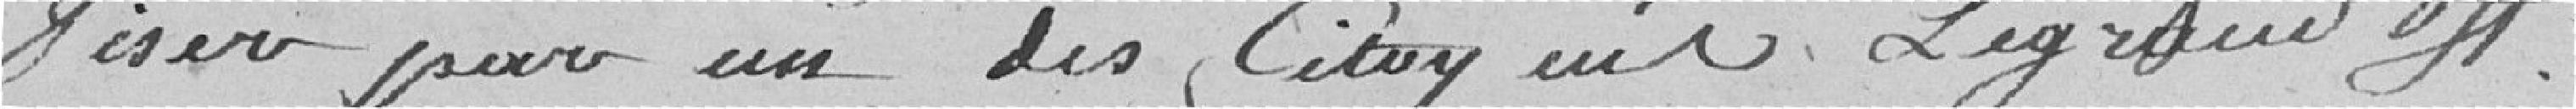
viser pour un des citoyens Legrand